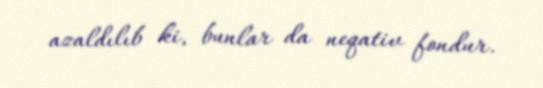
azaldılıb ki, bunlar da neqativ fondur.